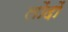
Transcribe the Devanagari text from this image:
लोंदों